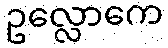
ဥလ္လောကေ